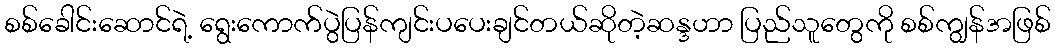
စစ်ခေါင်းဆောင်ရဲ့ ရွေးကောက်ပွဲပြန်ကျင်းပပေးချင်တယ်ဆိုတဲ့ဆန္ဒဟာ ပြည်သူတွေကို စစ်ကျွန်အဖြစ်